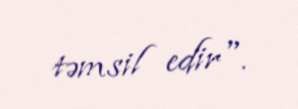
təmsil edir".